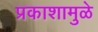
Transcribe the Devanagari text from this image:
प्रकाशामुळे